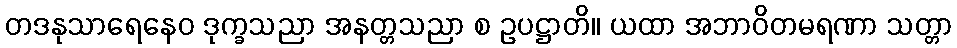
တဒနုသာရေနေဝ ဒုက္ခသညာ အနတ္တသညာ စ ဥပဋ္ဌာတိ။ ယထာ အဘာဝိတမရဏာ သတ္တာ